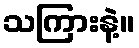
သကြားနဲ့။